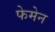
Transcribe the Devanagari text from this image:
फेमेन